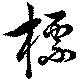
標